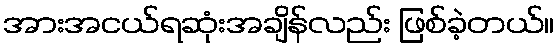
အားအငယ်ရဆုံးအချိန်လည်း ဖြစ်ခဲ့တယ်။